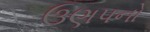
ઉણપનો